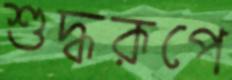
শুদ্ধরূপে